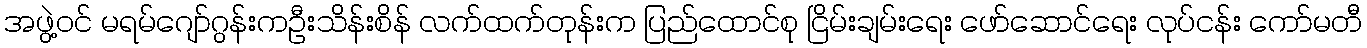
အဖွဲ့ဝင် မရမ်ဂျော်ဂွန်းကဦးသိန်းစိန် လက်ထက်တုန်းက ပြည်ထောင်စု ငြိမ်းချမ်းရေး ဖော်ဆောင်ရေး လုပ်ငန်း ကော်မတီ